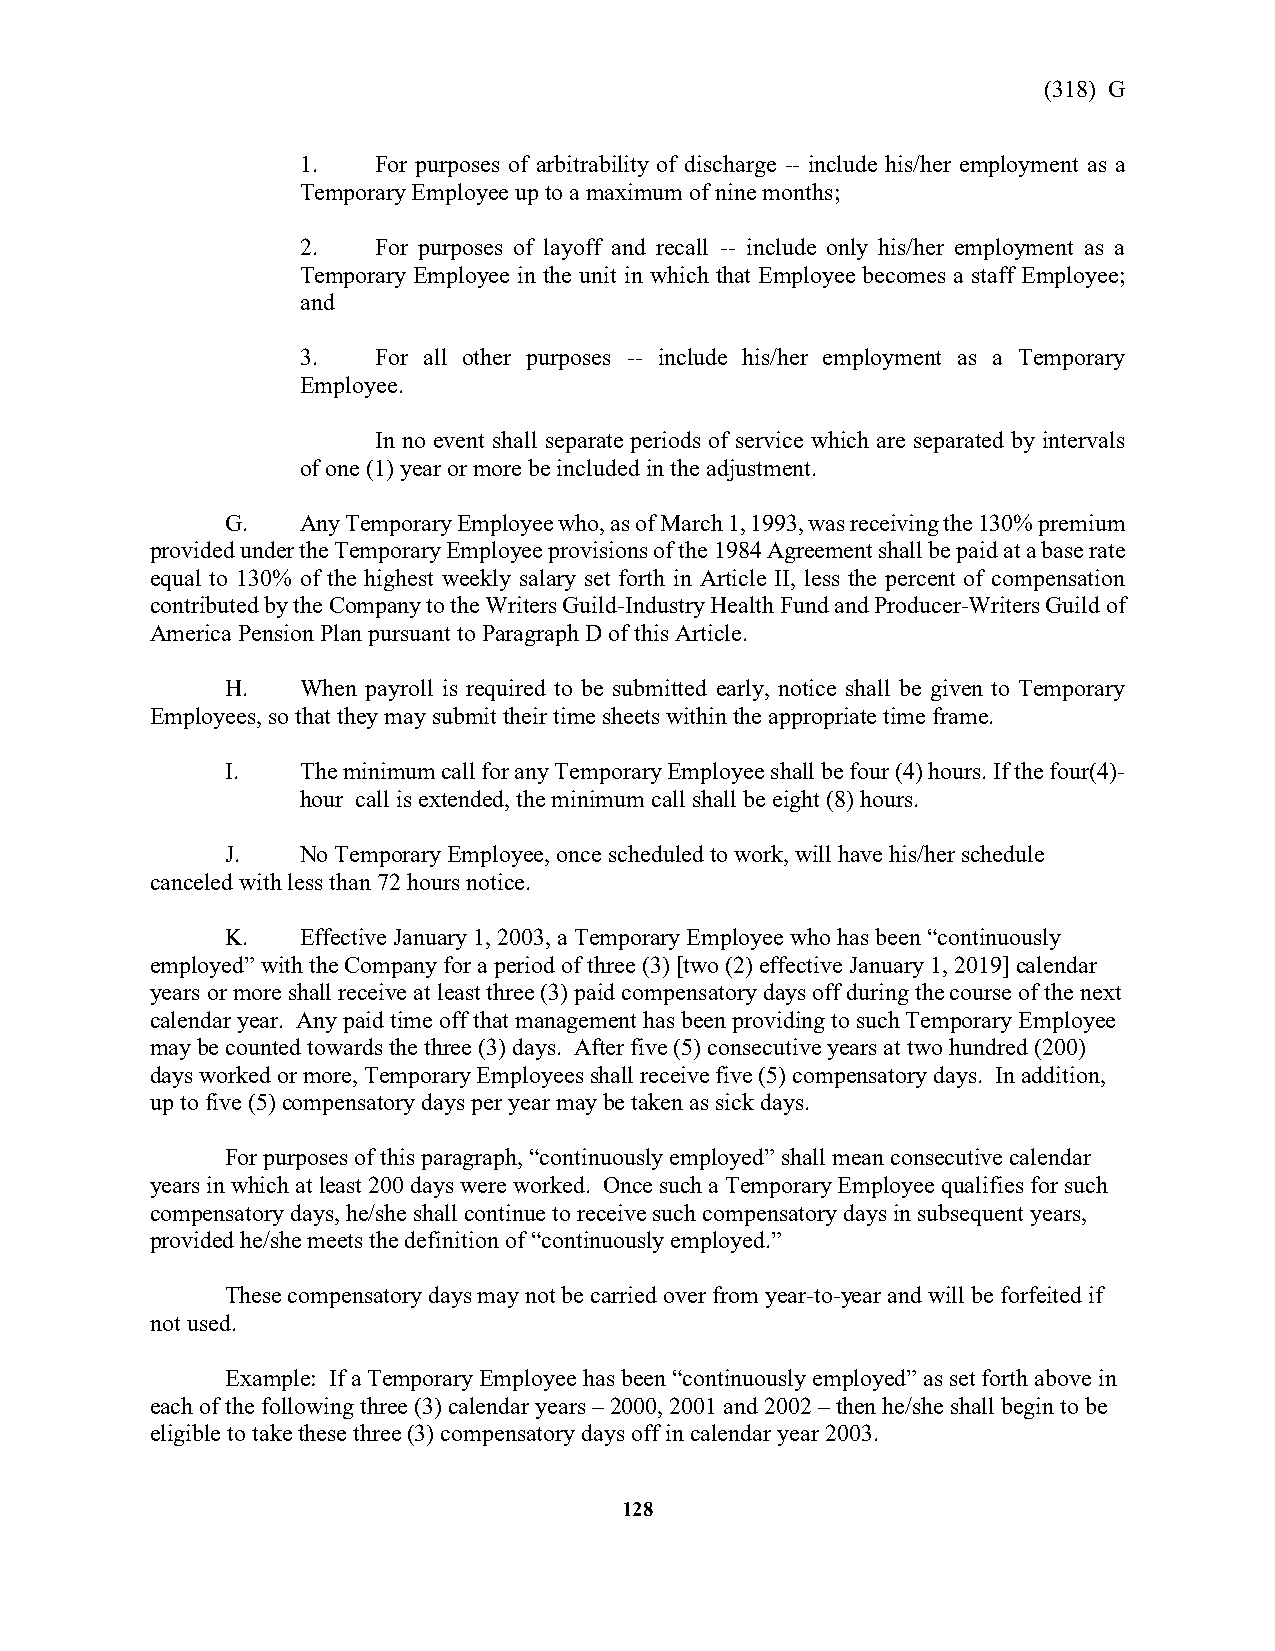
(318) G
 1.   For purposes of arbitrability of discharge -- include his/her employment as a
 Temporary Employee up to a maximum of nine months;
 2.   For purposes of layoff and recall -- include only his/her employment as a
 Temporary Employee in the unit in which that Employee becomes a staff Employee;
 and
 3.   For all other purposes -- include his/her employment as a Temporary
 Employee.
 In no event shall separate periods of service which are separated by intervals
 of one (1) year or more be included in the adjustment.
 G.   Any Temporary Employee who, as of March 1, 1993, was receiving the 130% premium
 provided under the Temporary Employee provisions of the 1984 Agreement shall be paid at a base rate
 equal to 130% of the highest weekly salary set forth in Article II, less the percent of compensation
 contributed by the Company to the Writers Guild-Industry Health Fund and Producer-Writers Guild of
 America Pension Plan pursuant to Paragraph D of this Article.
 H.   When payroll is required to be submitted early, notice shall be given to Temporary
 Employees, so that they may submit their time sheets within the appropriate time frame.
 I.   The minimum call for any Temporary Employee shall be four (4) hours. If the four(4)-
 hour call is extended, the minimum call shall be eight (8) hours.
 J.   No Temporary Employee, once scheduled to work, will have his/her schedule
 canceled with less than 72 hours notice.
 K.   Effective January 1, 2003, a Temporary Employee who has been “continuously
 employed” with the Company for a period of three (3) [two (2) effective January 1, 2019] calendar
 years or more shall receive at least three (3) paid compensatory days off during the course of the next
 calendar year. Any paid time off that management has been providing to such Temporary Employee
 may be counted towards the three (3) days. After five (5) consecutive years at two hundred (200)
 days worked or more, Temporary Employees shall receive five (5) compensatory days. In addition,
 up to five (5) compensatory days per year may be taken as sick days.
 For purposes of this paragraph, “continuously employed” shall mean consecutive calendar
 years in which at least 200 days were worked. Once such a Temporary Employee qualifies for such
 compensatory days, he/she shall continue to receive such compensatory days in subsequent years,
 provided he/she meets the definition of “continuously employed.”
 These compensatory days may not be carried over from year-to-year and will be forfeited if
 not used.
 Example: If a Temporary Employee has been “continuously employed” as set forth above in
 each of the following three (3) calendar years – 2000, 2001 and 2002 – then he/she shall begin to be
 eligible to take these three (3) compensatory days off in calendar year 2003.
 128